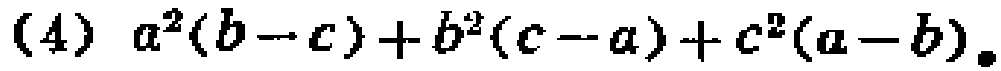
(4) \(a^{2}(b - c)+b^{2}(c - a)+c^{2}(a - b)\)